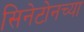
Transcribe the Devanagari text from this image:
सिनेटोनच्या